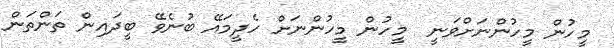
މީހުން މީހުންނަށްވަނީ  މީހުން މީހުންނަށް ހެދީމައޭ ބުނެވޭ ބީދައިން ތަންތަން